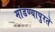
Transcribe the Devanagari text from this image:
मांडण्यापुरते